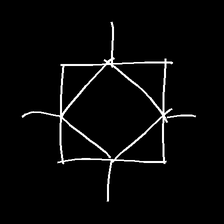
Glyph: light